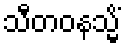
သီတဝနသ္မိံ